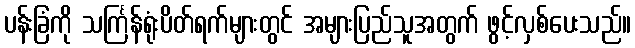
ပန်းခြံကို သင်္ကြန်ရုံးပိတ်ရက်များတွင် အများပြည်သူအတွက် ဖွင့်လှစ်ပေးသည်။